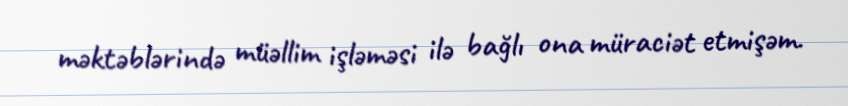
məktəblərində müəllim işləməsi ilə bağlı ona müraciət etmişəm.